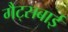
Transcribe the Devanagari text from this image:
गैट्सबाई